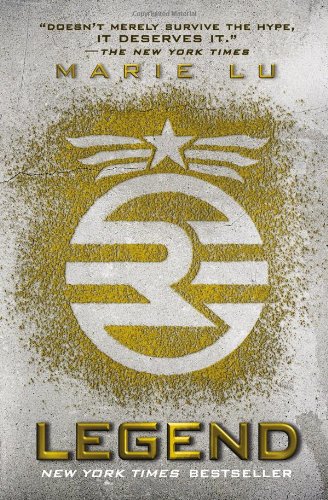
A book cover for Legend; Marie Lu; Teen & Young Adult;